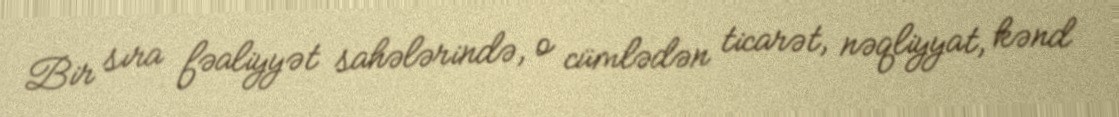
Bir sıra fəaliyyət sahələrində, o cümlədən ticarət, nəqliyyat, kənd